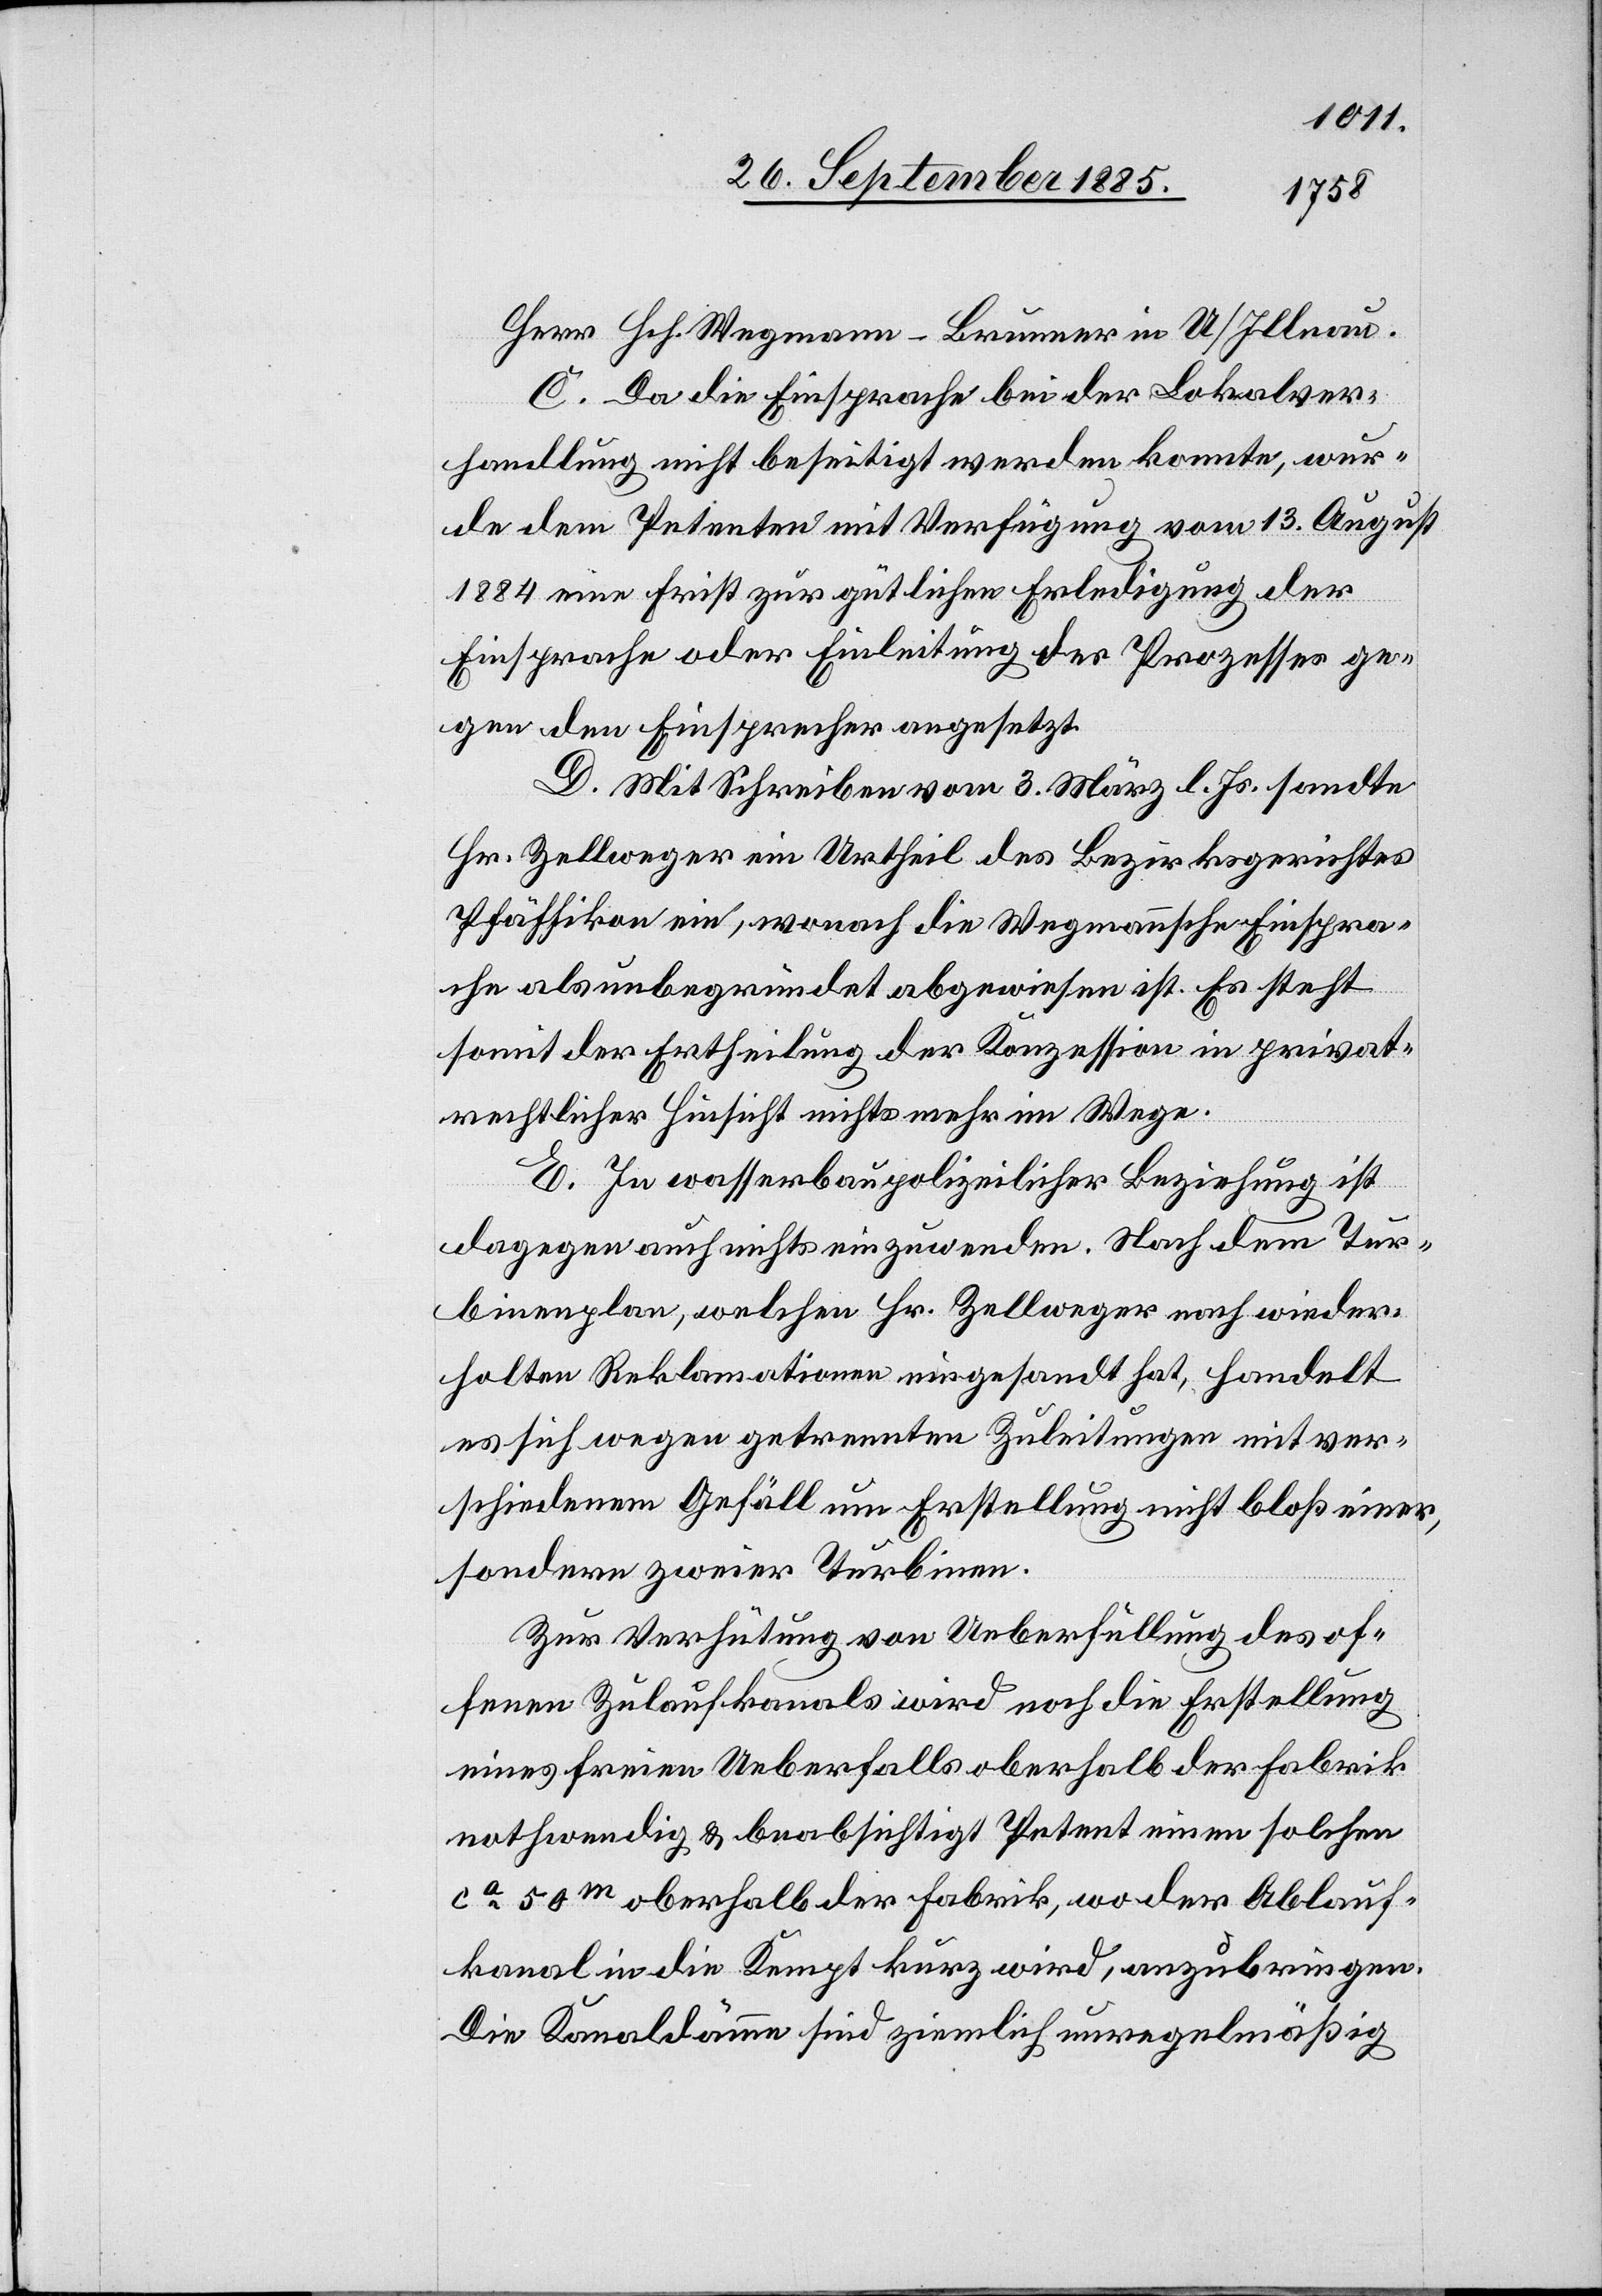
Herr Hch. Wegmann-Brunner in U/Illnau.
C. Da die Einsprache bei der Lokalver¬
handlung nicht beseitigt werden konnte, wur¬
de dem Petenten mit Verfügung vom 13. August
1884 eine Frist zur gütlichen Erledigung der
Einsprache oder Einleitung des Prozesses ge¬
gen den Einsprecher angesetzt.
D. Mit Schreiben vom 3. März l. Js. sandte
Hr. Zellweger ein Urtheil des Bezirksgerichtes
Pfäffikon ein, wonach die Wegmannsche Einspra¬
che als unbegründet abgewiesen ist. Es steht
somit der Ertheilung der Konzession in privat¬
rechtlicher Hinsicht nichts mehr im Wege.
E. In wasserbaupolizeilicher Beziehung ist
dagegen auch nichts einzuwenden. Nach dem Tur¬
binenplan, welchen Hr. Zellweger nach wieder¬
holten Reklamationen eingesandt hat, handelt
es sich wegen getrennten Zuleitungen mit ver¬
schiedenem Gefäll um Erstellung nicht bloß einer,
sondern zweier Turbinen.
Zur Verhütung von Ueberfüllung des of¬
fenen Zulaufkanals wird noch die Erstellung
eines freien Ueberfalls oberhalb der Fabrik
nothwendig & beabsichtigt Petent einen solchen
ca 50m oberhalb der Fabrik, wo der Ablauf¬
kanal in die Kempt kurz wird, anzubringen.
Die Kanaldämme sind ziemlich unregelmäßig